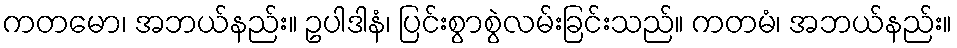
ကတမော၊ အဘယ်နည်း။ ဥပါဒါနံ၊ ပြင်းစွာစွဲလမ်းခြင်းသည်။ ကတမံ၊ အဘယ်နည်း။